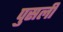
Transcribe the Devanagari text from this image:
पुसली